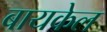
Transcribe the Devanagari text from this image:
बायकेल